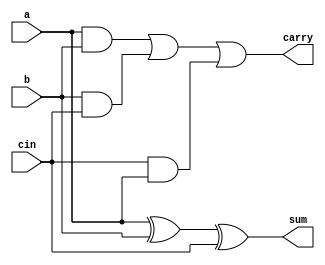
module fa(
 input a,b,cin,
 output sum,carry
 );
 
 wire w1,w2,w3;
 
 // to pass the output values from one gate output to other gate input.

 
  assign sum = a ^ b ^ cin;
  
  assign w1 = a &b;
  assign w2 = b & cin;
  assign w3 = cin & a;
  
  assign carry = w1 | w2 | w3;
  
  //assign carry = a&b |  b & cin | cin & a;
 
endmodule